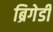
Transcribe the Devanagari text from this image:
ब्रिगेडी